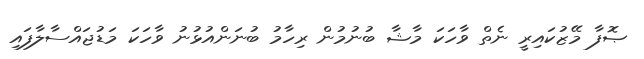
ޞޮފާ މޭޒުކައިރީ ނެތް ވާހަކަ މާޝާ ބުނުމުން ރިހާމު ބުނަންއުޅުނު ވާހަކަ މަޑުޖައްސާލާފައި